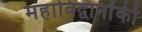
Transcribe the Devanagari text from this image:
महाविद्वानोंकी